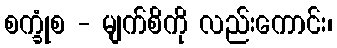
စက္ခုံစ - မျက်စိကို လည်းကောင်း၊